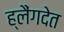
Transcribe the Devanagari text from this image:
ह्लैंगदेत